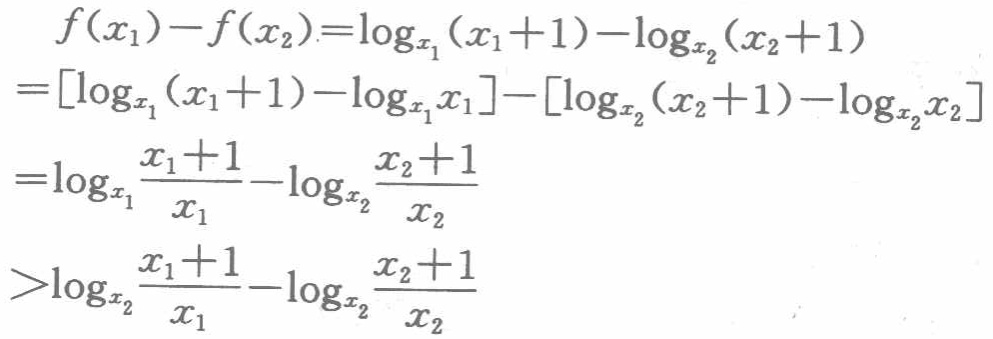
\[

\begin{align*}

f(x_1)-f(x_2)&=\log_{x_1}(x_1 + 1)-\log_{x_2}(x_2 + 1)\\

&=[\log_{x_1}(x_1 + 1)-\log_{x_1}x_1]-[\log_{x_2}(x_2 + 1)-\log_{x_2}x_2]\\

&=\log_{x_1}\frac{x_1 + 1}{x_1}-\log_{x_2}\frac{x_2 + 1}{x_2}\\

&>\log_{x_2}\frac{x_1 + 1}{x_1}-\log_{x_2}\frac{x_2 + 1}{x_2}

\end{align*}

\]